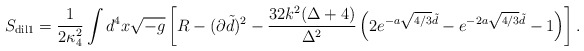
\begin{align*}S_{\rm dil1} = {1 \over {2 \kappa_4^2}} \int d^4 x \sqrt{-g} \left [ R - (\partial \tilde d)^2 - \frac{32k^2(\Delta +4)}{\Delta^2}\left (2e^{-a \sqrt{4/3} \tilde d} - e^{-2a \sqrt{4/3} \tilde d} - 1\right ) \right].\end{align*}